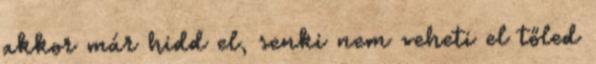
akkor már hidd el, senki nem veheti el tőled